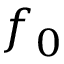
f _ { 0 }